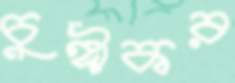
চুঙ্গীকর